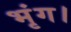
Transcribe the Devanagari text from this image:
भृंग।